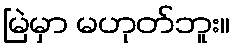
မြဲမှာ မဟုတ်ဘူး။